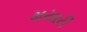
મયારી